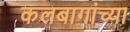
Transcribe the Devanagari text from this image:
कलबागांच्या